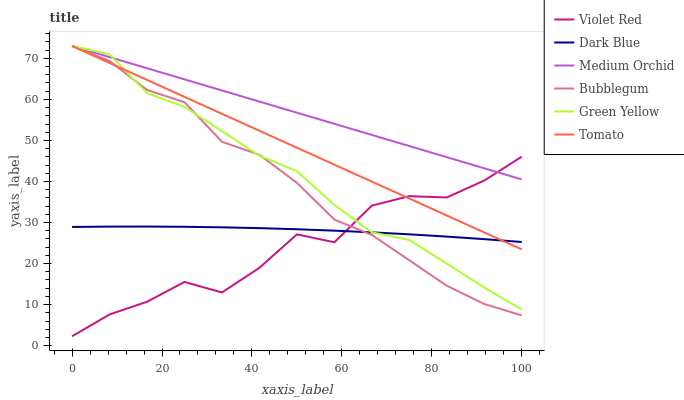
| xaxis_label | Violet Red | Dark Blue | Medium Orchid | Bubblegum | Green Yellow | Tomato |
 | --- | --- | --- | --- | --- | --- | --- |
 | 0 | 2.29 | 28.9 | 73 | 73 | 73 | 73 |
 | 8.33 | 7.6 | 29 | 70.3 | 69.4 | 71 | 68.9 |
 | 16.7 | 10.7 | 29 | 67.6 | 62.3 | 61.5 | 64.7 |
 | 25 | 15.5 | 29 | 64.9 | 59.3 | 58.2 | 60.6 |
 | 33.3 | 13 | 28.8 | 62.2 | 49.7 | 52.3 | 56.5 |
 | 41.7 | 19 | 28.6 | 59.5 | 46.5 | 46.3 | 52.4 |
 | 50 | 27.1 | 28.4 | 56.8 | 39.7 | 42.5 | 48.2 |
 | 58.3 | 25.2 | 28 | 54 | 30.7 | 34.3 | 44.1 |
 | 66.7 | 34.1 | 27.6 | 51.3 | 27 | 27.6 | 40 |
 | 75 | 36.4 | 27.1 | 48.6 | 20.8 | 25.7 | 35.8 |
 | 83.3 | 36.1 | 26.6 | 45.9 | 14.6 | 20 | 31.7 |
 | 91.7 | 40.2 | 25.9 | 43.2 | 10.2 | 14.1 | 27.6 |
 | 100 | 46 | 25.3 | 40.5 | 7.37 | 8.79 | 23.5 |